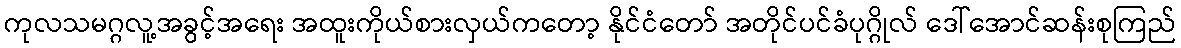
ကုလသမဂ္ဂလူ့အခွင့်အရေး အထူးကိုယ်စားလှယ်ကတော့ နိုင်ငံတော် အတိုင်ပင်ခံပုဂ္ဂိုလ် ဒေါ်အောင်ဆန်းစုကြည်